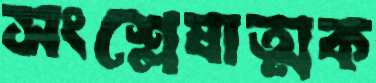
সংশ্লেষাত্মক